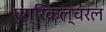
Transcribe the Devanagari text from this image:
एग्रिकल्चरल